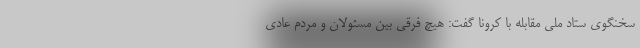
سخنگوی ستاد ملی مقابله با کرونا گفت: هیچ فرقی بین مسئولان و مردم عادی